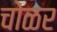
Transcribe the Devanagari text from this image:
चोळर